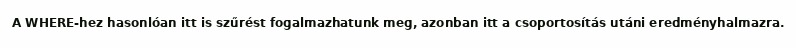
A WHERE-hez hasonlóan itt is szűrést fogalmazhatunk meg, azonban itt a csoportosítás utáni eredményhalmazra.